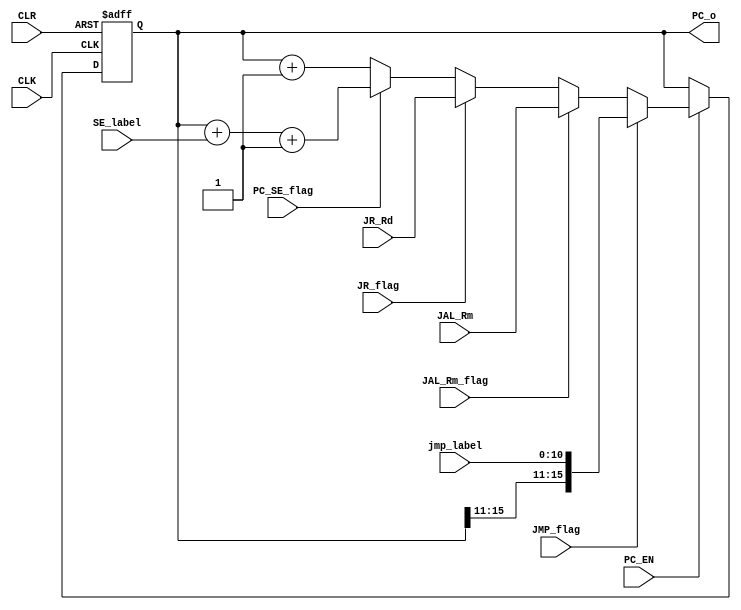
`timescale 1ns / 1ps
//////////////////////////////////////////////////////////////////////////////////
// Company: 
// Engineer: 
// 
// Design Name: 
// Module Name:    PC 
// Project Name: 
// Target Devices: 
// Tool versions: 
// Description: 
//
// Dependencies: 
//
// Revision: 
// Revision 0.01 - File Created
// Additional Comments: 
//
//////////////////////////////////////////////////////////////////////////////////
module PC(
        input PC_EN,CLK,CLR,PC_SE_flag,JR_flag,JAL_Rm_flag,JMP_flag,
        input [10:0] jmp_label,
        input [15:0] JR_Rd,JAL_Rm,SE_label,
        output reg[15:0] PC_o
    );
    reg [15:0] D_in;
    reg [15:0]adder_out;

    always @ (*) begin
        if(JMP_flag) begin
            D_in = {PC_o[15:11],jmp_label};
        end
        else if(JAL_Rm_flag)begin
            D_in = JAL_Rm;
        end
        else if(JR_flag)begin
            D_in = JR_Rd;
        end
        else begin
            D_in = adder_out;
        end
    end
    always@(posedge CLK or posedge CLR) begin
        if(CLR) begin
            PC_o <= 16'b0;
        end
        else if(PC_EN)begin
                PC_o <= D_in;
        end
        else begin
            PC_o <= PC_o;
        end
    end
    always@(*) begin
        adder_out = PC_SE_flag ? PC_o + SE_label +1'b1 : PC_o+1'b1;
    end

endmodule